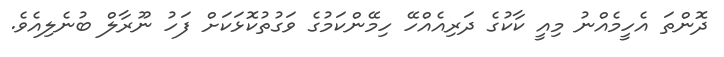
ދޮންތަ އެހީމެއްނު މިއީ ކާކުގެ ދަރިއެއްހޭ ހިމޭންކަމުގެ ވަގުތުކޮޅަކަށް ފަހު ނޫރާލް ބުނެލިއެވެ.